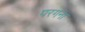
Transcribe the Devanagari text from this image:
परगंना